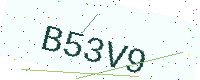
Text: B53V9